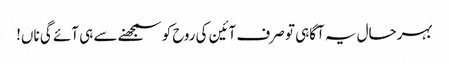
بہرحال یہ آگاہی تو صرف آئین کی روح کو سمجھنے سے ہی آئے گی ناں!